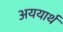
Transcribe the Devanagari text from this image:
अययार्थ